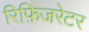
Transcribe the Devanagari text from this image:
रिफ़िजरेटर